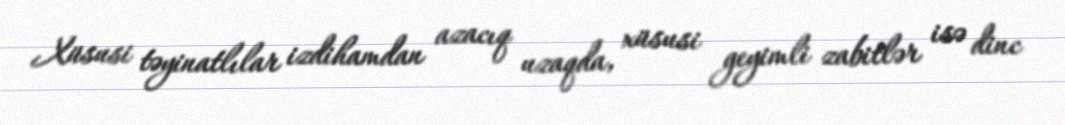
Xüsusi təyinatlılar izdihamdan azacıq uzaqda, xüsusi geyimli zabitlər isə dinc